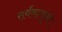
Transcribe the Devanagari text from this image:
सर्वबाजूंनी